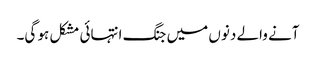
آنے والے دنوں میں جنگ انتہائی مشکل ہو گی۔